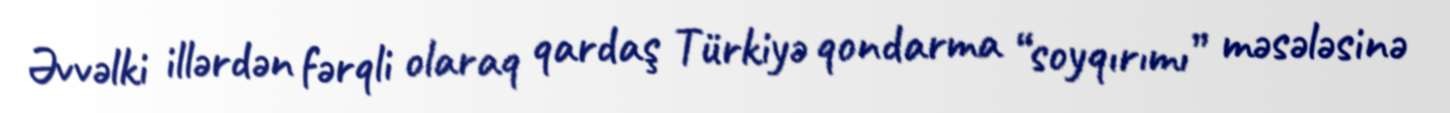
Əvvəlki illərdən fərqli olaraq qardaş Türkiyə qondarma “soyqırımı” məsələsinə